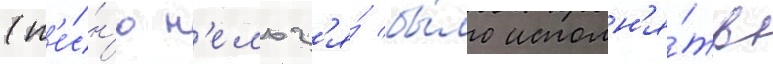
(п'е́сн'ю н'ельз'я́ бы́ло исполн'я́ть